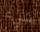
شيء